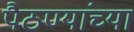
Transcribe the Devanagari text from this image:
पैठण्यांच्या